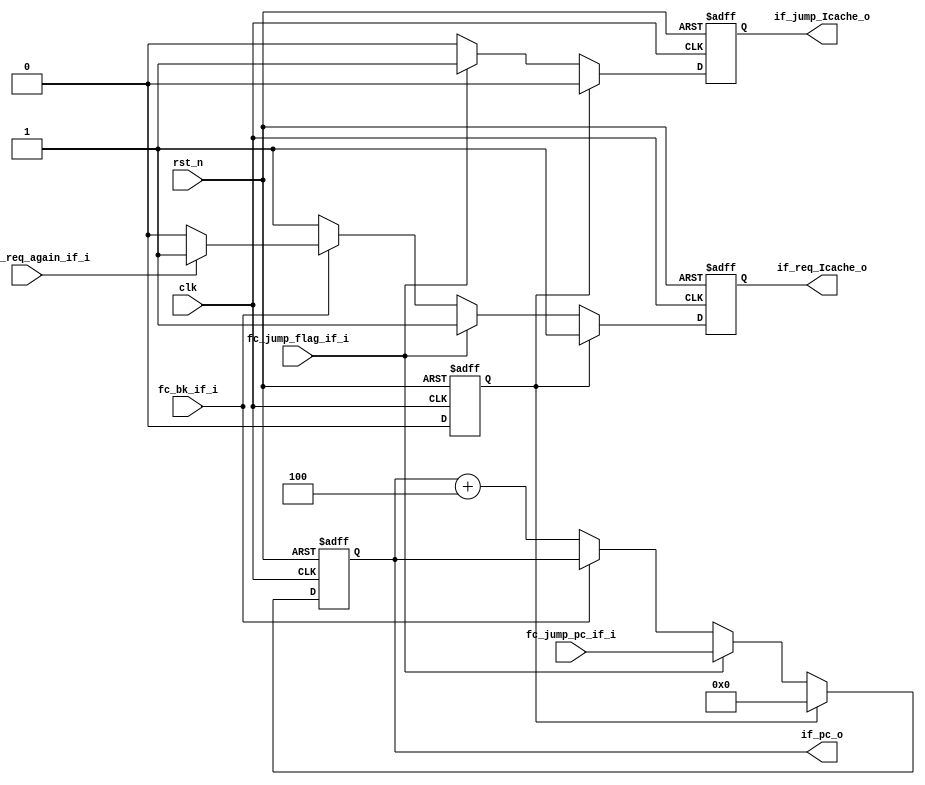
module IF(
    input                       clk,
    input                       rst_n,

    //from fc
    input   wire                fc_bk_if_i,  //back_and_keep
    input   wire        [31:0]  fc_jump_pc_if_i,
    input   wire                fc_jump_flag_if_i,

    //from Icache
    input   wire                Icache_req_again_if_i,

    //to Icache, if_id_reg
    output  reg         [31:0]  if_pc_o,

    //to Icache
    output  reg                 if_req_Icache_o,

    //to fc
    output  reg                 if_jump_Icache_o
);

    reg start_flag; //need a start state


    always@(posedge clk or negedge rst_n)begin
        if(rst_n == 1'b0)begin      //start state
            if_pc_o <= 32'h0;
            if_req_Icache_o <= 1'b0;
            start_flag <= 1'b1;
            if_jump_Icache_o <= 1'b0;
        end
        else if(start_flag == 1'b1)begin
            if_pc_o <= 32'h0;
            if_req_Icache_o <= 1'b1;
            start_flag <= 1'b0;
            if_jump_Icache_o <= 1'b0;
        end
        else if(fc_jump_flag_if_i == 1'b1)begin  //priority of jump is higher than bk
            if_pc_o <= fc_jump_pc_if_i;             //when present inst need to bk
            if_req_Icache_o <= 1'b1;                //but last inst is a jump
            start_flag <= 1'b0;                     //present inst don't need to excute
            if_jump_Icache_o <= 1'b1;
        end

        else if(fc_bk_if_i == 1'b1)begin
            if_pc_o <= if_pc_o;       
            start_flag <= 1'b0;
            if_jump_Icache_o <= 1'b0;

            if(Icache_req_again_if_i == 1'b1)
                if_req_Icache_o <= 1'b1;
            else 
                if_req_Icache_o <= 1'b0;

        end
        
        else begin
            if_pc_o <= if_pc_o + 32'd4;
            if_req_Icache_o <= 1'b1;
            start_flag <= 1'b0;
            if_jump_Icache_o <= 1'b0;
        end
    end


endmodule